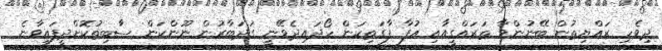
ދިވެހި ރައްޔިތުން ބޭނުންވާ ތަރައްގީއާއި އުފާ ފާގަތިކަން ހޯދައިދެވޭނީ ގަދަބާރުން ނޫންކަން ސާބިތުކޮށްދީފައިވާނެ